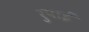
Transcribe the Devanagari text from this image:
रुपाई